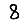
Digit: 8